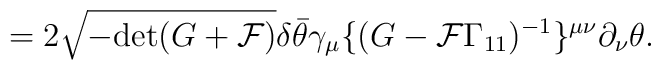
= 2 \sqrt{- {\rm det} (G + {\cal F})} \delta \bar\theta \gamma_\mu \{(G - {\cal F}\Gamma_{11})^{-1}\}^{\mu\nu} \partial_\nu \theta.